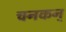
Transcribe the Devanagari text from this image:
चनकन्